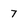
Character: 7